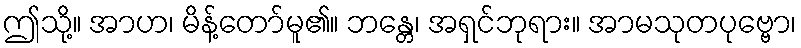
ဤသို့။ အာဟ၊ မိန့်တော်မူ၏။ ဘန္တေ၊ အရှင်ဘုရား။ အာမသုတပုဗ္ဗော၊